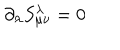
{ \partial } _ { \lambda } S _ { { \mu } { \nu } } ^ { \lambda } = 0